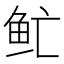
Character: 𲍈